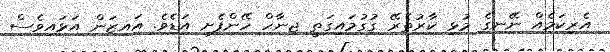
އެރިކަމެއް ނޭނގެ މުޅި ކާރުތެރޭ ގުގުމައިގަތީ ޖިނާހް ހޭންފެށި އަޑެވެ. އައިޒަން އަޅައިވެސް